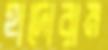
হাদোরাম